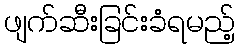
ဖျက်ဆီးခြင်းခံရမည့်